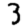
Digit: 3